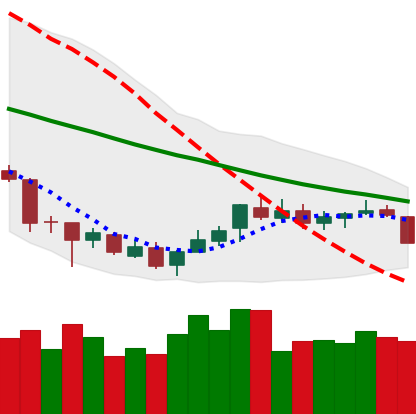
Ticker: XLM-USD
Chart end date: 2018-07-10
Forward return: 14.582%
Label: up_7plus